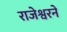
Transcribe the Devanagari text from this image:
राजेश्वरने